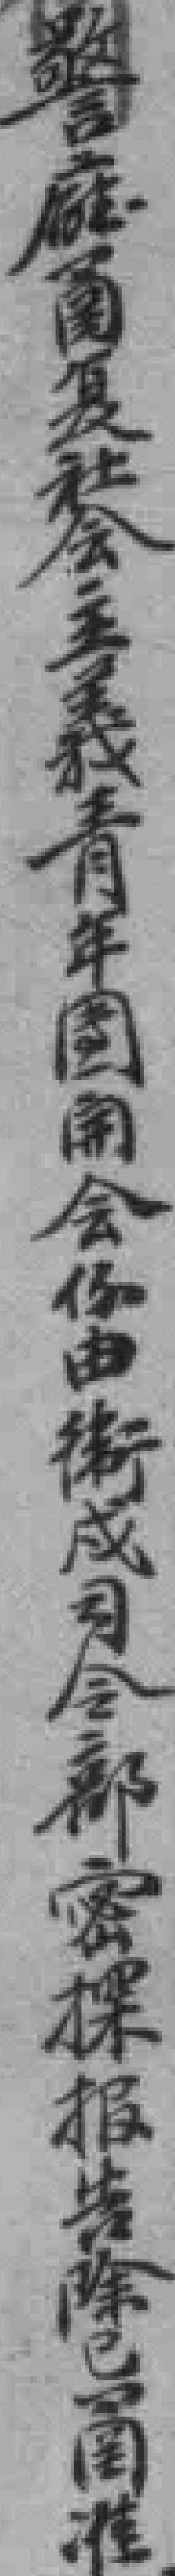
警廳复社会主义青年國開会*由街戍司会部密报告除已*准